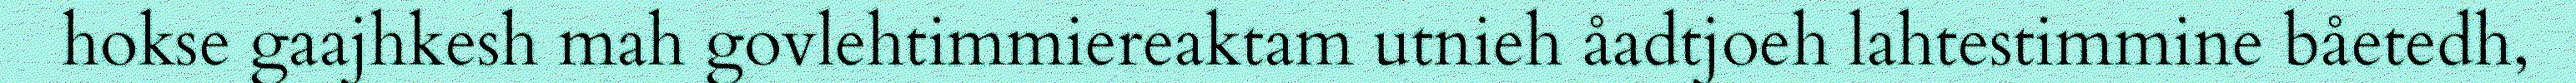
hokse gaajhkesh mah govlehtimmiereaktam utnieh åadtjoeh lahtestimmine båetedh,